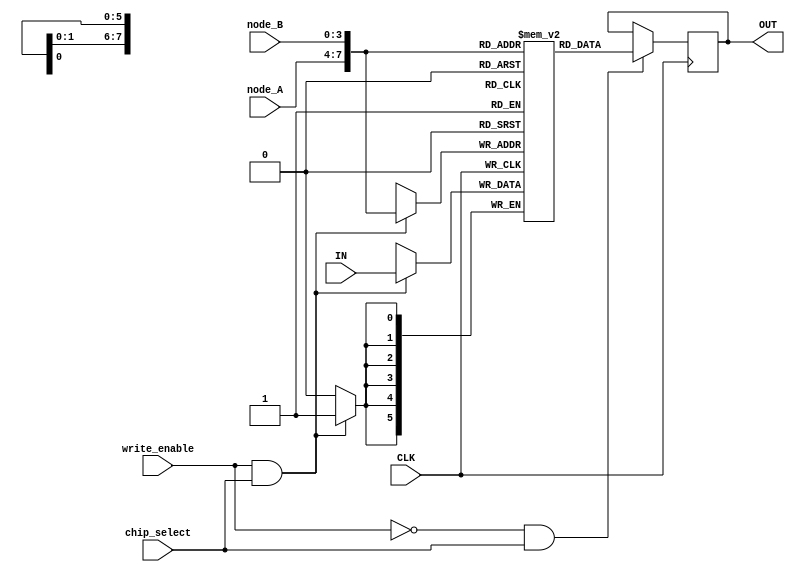
`timescale 1ns / 1ps

//

module connection_table(CLK, IN, node_A, node_B, write_enable, chip_select, OUT);

parameter DATA_WIDTH = 6;
parameter NODE_ADDRESS_SIZE = 4;
parameter ARRAY_LENGTH = 1 << (NODE_ADDRESS_SIZE * 2);

reg [DATA_WIDTH-1:0] connections[0:ARRAY_LENGTH-1]; // N entry array of DATA_WIDTH bit entries.  entry is connection strength
                                       // entry address is {node_A, node_B} (node A concatenated with node B)

input CLK;
input [DATA_WIDTH-1:0] IN;
input [NODE_ADDRESS_SIZE-1:0] node_A;
input [NODE_ADDRESS_SIZE-1:0] node_B;
input write_enable;
input chip_select;
output reg [DATA_WIDTH-1:0] OUT;

always @(posedge CLK)

	begin : READ
	  if ( write_enable && chip_select ) begin
		 connections[{node_A, node_B}] = IN;
	  end
	end

always @(posedge CLK)
	begin : WRITE
	  if ( !write_enable && chip_select ) begin
		 OUT = connections[{node_A, node_B}];
	  end
	end

endmodule